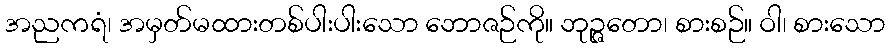
အညကရံ၊ အမှတ်မထားတစ်ပါးပါးသော ဘောဇဉ်ကို။ ဘုဉ္ဇတော၊ စားစဉ်။ ဝါ၊ စားသော